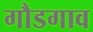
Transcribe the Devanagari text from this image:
गौडगाव